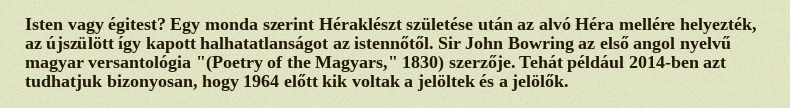
Isten vagy égitest? Egy monda szerint Héraklészt születése után az alvó Héra mellére helyezték, az újszülött így kapott halhatatlanságot az istennőtől. Sir John Bowring az első angol nyelvű magyar versantológia "(Poetry of the Magyars," 1830) szerzője. Tehát például 2014-ben azt tudhatjuk bizonyosan, hogy 1964 előtt kik voltak a jelöltek és a jelölők.